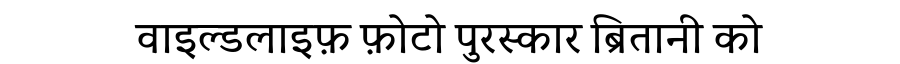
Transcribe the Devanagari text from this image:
वाइल्डलाइफ़ फ़ोटो पुरस्कार ब्रितानी को